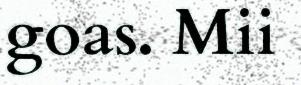
goas. Mii